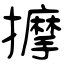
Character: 擵